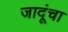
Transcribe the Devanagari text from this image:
जादूंचा